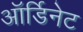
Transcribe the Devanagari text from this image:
ऑर्डिनेट